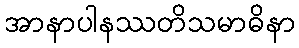
အာနာပါနဿတိသမာဓိနာ